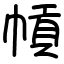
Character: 幊